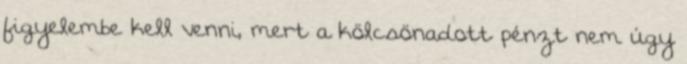
figyelembe kell venni, mert a kölcsönadott pénzt nem úgy